Report of the King Institute of Preventive Medicine, Guindy
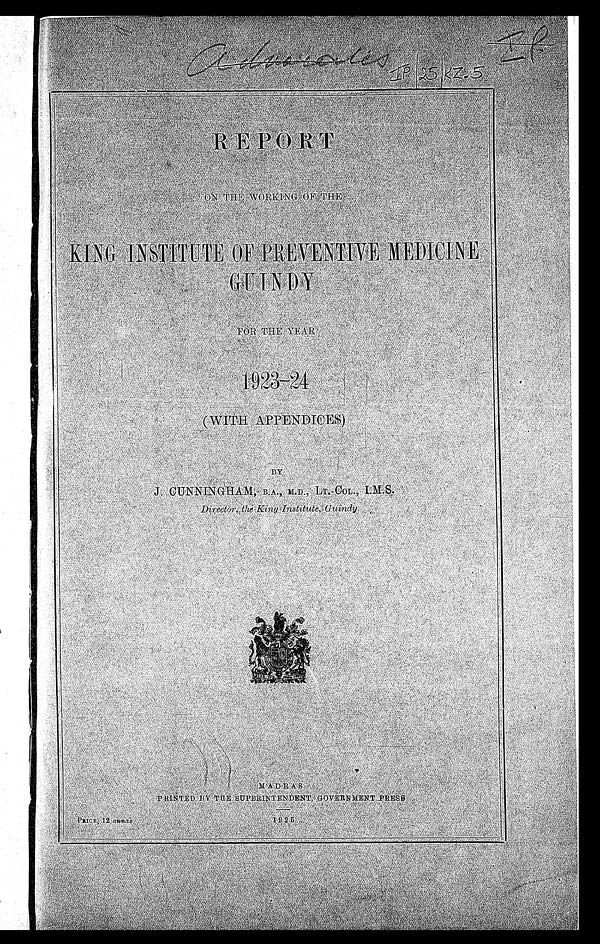
I P .
a d u a c o l i s
I p / 2 5 / r z . 5
R E P O R T
O N T H E W O R K I N G O F T H EK
I N G I N S T I T U T E O F P R E V E N T I V E M E D I C I N EG
U I N D Y
P R I C E , 1 2 a n n a s